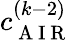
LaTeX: c_{\mathrm{~A~I~R~}}^{(k-2)}